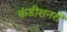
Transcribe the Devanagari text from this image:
कंडीशनरों